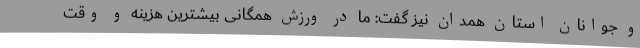
و جوانان استان همدان نیز گفت: ما در ورزش همگانی بیشترین هزینه و وقت